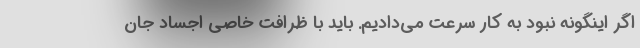
اگر اینگونه نبود به کار سرعت می‌دادیم. باید با ظرافت خاصی اجساد جان